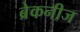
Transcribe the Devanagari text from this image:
ब्रेकनीज